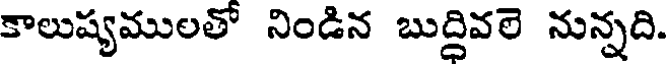
కాలుష్యములతో నిండిన బుద్దివలె నున్నది.